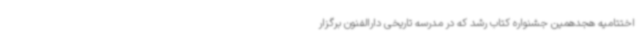
اختتامیه هجدهمین جشنواره کتاب رشد که در مدرسه تاریخی دارالفنون برگزار